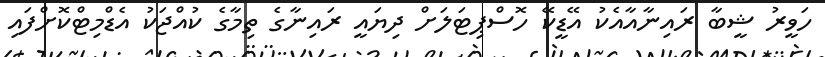
ހަވީރު ޝީބާ ރައިނާއާއެކު އޭޑީކޭ ހޮސްޕިޓަލަށް ދިޔައީ ރައިނާގެ ތިމާގެ ކުއްޖަކު އެޑްމިޓްކޮށްފައި